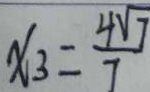
x _ { 3 } = \frac { 4 \sqrt { 7 } } { 7 }